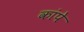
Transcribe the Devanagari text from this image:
कांपे